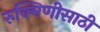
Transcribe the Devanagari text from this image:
रुक्मिणीसाठी